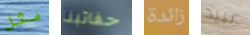
مثل حقائبنا زائدة عبيد